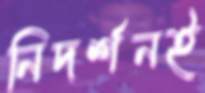
নিদর্শনই